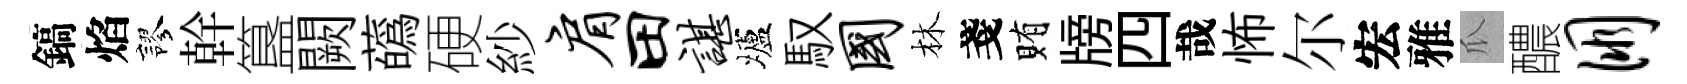
鎬焰謬幹簋闕蘤硬紗肩田谌壚馭国林戔賄牓四哉怖尔宏雅瓜醲朋